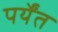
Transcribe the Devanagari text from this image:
पर्येंत